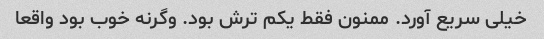
خیلی سریع آورد. ممنون فقط یکم ترش بود. وگرنه خوب بود واقعا